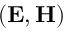
( \mathbf { E } , \mathbf { H } )